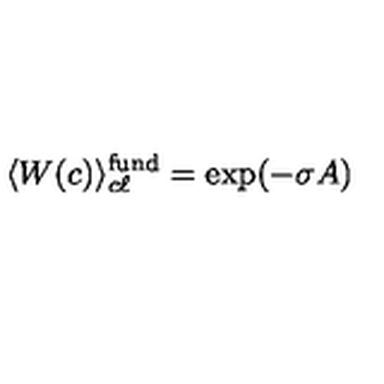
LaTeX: \langle W ( c ) \rangle _ { c \ell } ^ { \mathrm { f u n d } } = \exp ( - \sigma A )